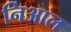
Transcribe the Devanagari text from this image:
निआल